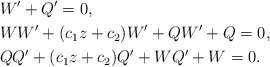
\begin{align*}& W^{\prime}+Q^{\prime}=0,\\& WW^{\prime}+(c_{1}z+c_{2})W^{\prime}+QW^{\prime}+Q=0,\\& QQ^{\prime}+(c_{1}z+c_{2})Q^{\prime}+WQ^{\prime}+W=0.\end{align*}